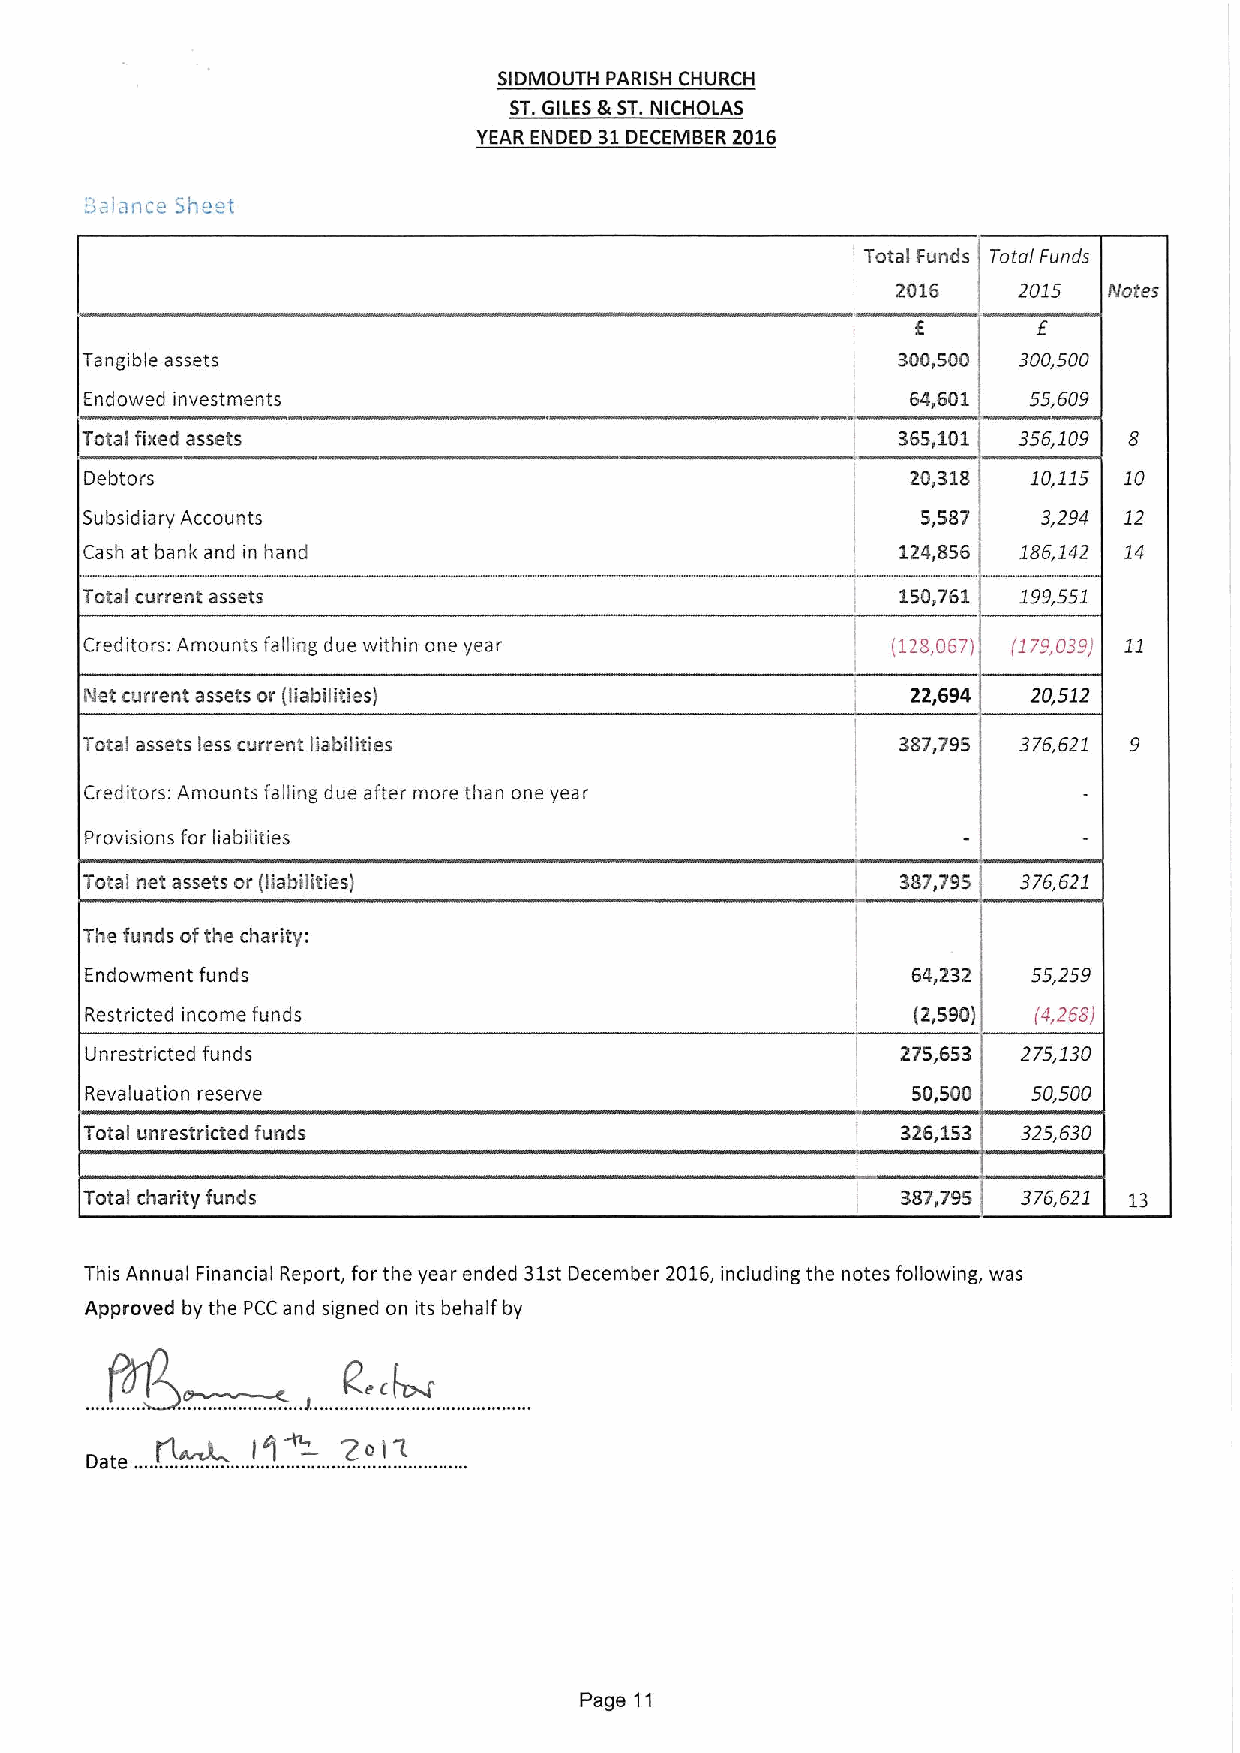
SIDMOUTH PARISH CHURCH
 ST.GILES&ST.NICHOLAS
 YEAR ENDED 31DECEMBER 2016
 !&:,',ance Sne-t
 Total Funds Total Funds
 2016    2015  Notes
 Tangible assets                                       300,500 300,500
 Endowed investments                                   64,601  55,609
 Total fixed assets                                    365,101 356,109 8
 Debtors                                               20,318  10,115 10
 Subsidiary Accounts                                     5,587   3,294 12
 Cash at bank and in hand                              124,856 186,142 14
 Total current assets                                   150,761 199,551
 Creditors: Amounts falling due within one year       (128,067) (179,039) 11
 Net current assets or (liabilities)                   22,694  20,512
 Total assets less current liabilities                 387,795 376,621 9
 Creditors: Amounts falling due after more than one year
 Provisions for liabilities
 Total net assets or (liabilities)                     387,795 376,621
 The funds ofthe charity:
 Endowment funds                                       64,232  55,259
 Restricted income funds                               (2,590)  (4,268)
 Unrestricted funds                                    275,653 275,130
 Revaluation reserve                                   50,500  50,500
 Total unrestricted funds                              326,153 325,630
 Total charity funds                                   387,795 376,621 13
 This Annual Financial Report, for the year ended 31st December 2016,including the notes following, was
 Approved by the PCC and signed on its behalf by
 —2o)L
 ) )
 Page 11